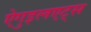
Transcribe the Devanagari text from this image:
ऐगुइलएट्स